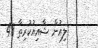
ލިއުން ޝާއިއުކުރިތާ 48